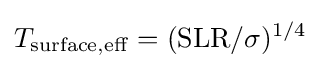
T_{\mathrm {surface,eff} }=(\mathrm {SLR} /\sigma )^{1/4}